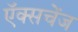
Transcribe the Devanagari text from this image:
ऍक्सचेंज